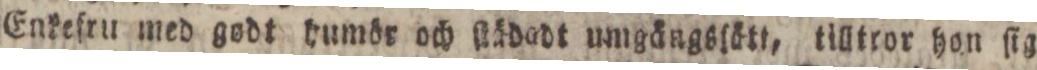
Enkefru med godt humör och ſlädadt umgängsſätt, tilltror hon ſig